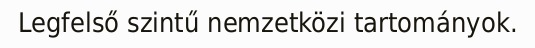
Legfelső szintű nemzetközi tartományok.